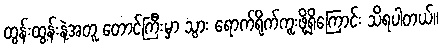
ထွန်းထွန်းနဲ့အတူ တောင်ကြီးမှာ သွား ရောက်ရိုက်ကူးဖို့ရှိကြောင်း သိရပါတယ်။